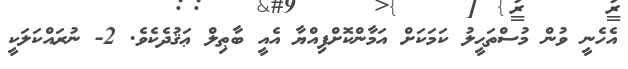
އެހެނީ ވުން މުސްތަޙީލު ކަމަކަށް އަމާންކޮށްފިއްޔާ އެއީ ބާޠިލް ޢަޤުދެކެވެ. 2- ނުރައްކަލަކީ